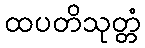
ထပတိသုတ္တံ